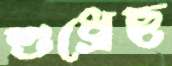
শুধ্‌রেছ